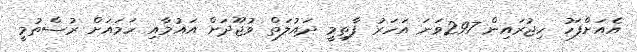
އެއަށްފަހު ހިޖުރައިން 297ވަނަ އަހަރު ފާތިމީ ދައުލަތް ވުޖޫދަށް އައުމާއި ހަމައަށް ރުސްތުމީ